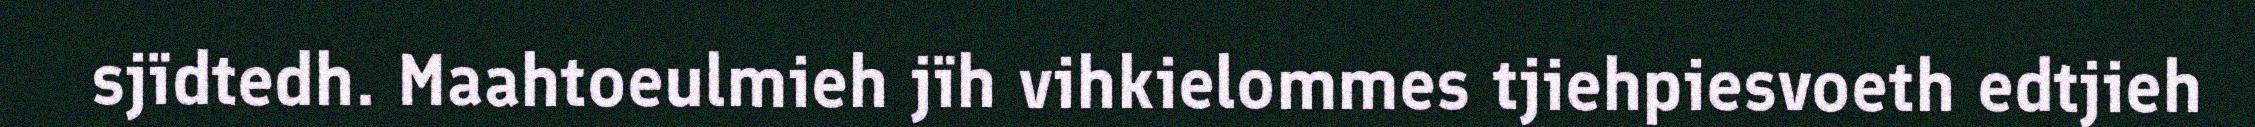
sjïdtedh. Maahtoeulmieh jïh vihkielommes tjiehpiesvoeth edtjieh